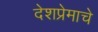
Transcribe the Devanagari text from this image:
देशप्रेमाचे